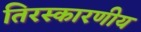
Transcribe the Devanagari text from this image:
तिरस्कारणीय